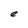
Character: e